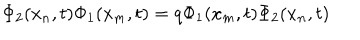
\Phi _ { 2 } ( x _ { n } , t ) \Phi _ { 1 } ( x _ { m } , t ) = q \Phi _ { 1 } ( x _ { m } , t ) \Phi _ { 2 } ( x _ { n } , t )